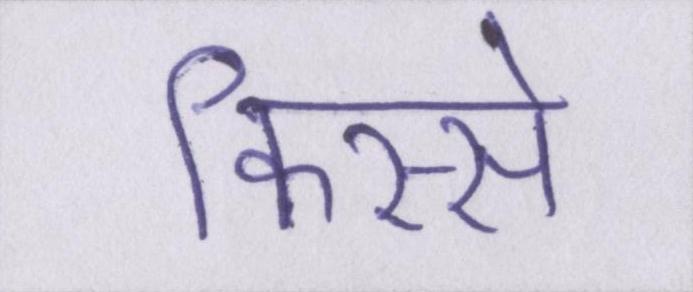
किस्से